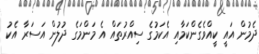
ދެމުން އައީ ކީއްވެގެންކަމާއި އެކަމުގެ ސިއްރުތައް އެ މަންމަގެ ދުލުން އަސަރާ އެކު